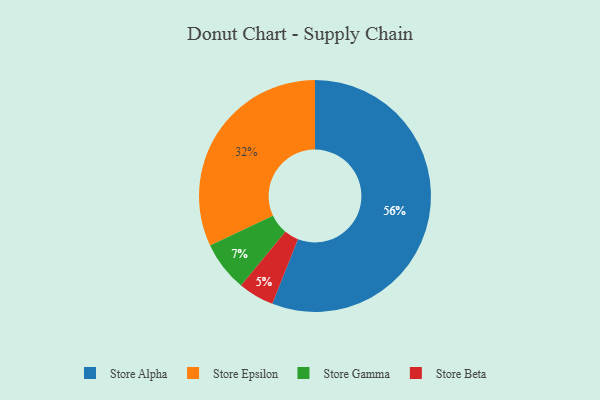
{"axis": {"x": "Category", "y": "Percentage"}, "legend": ["Store Alpha", "Store Beta", "Store Epsilon", "Store Gamma"], "data": [{"x": "Store Gamma", "y": 7, "type": "Store Gamma"}, {"x": "Store Epsilon", "y": 32, "type": "Store Epsilon"}, {"x": "Store Alpha", "y": 56, "type": "Store Alpha"}, {"x": "Store Beta", "y": 5, "type": "Store Beta"}]}